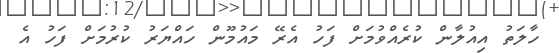
ހާލަތު އިއުލާން ކުރެއްވުމަށް ފަހު އެރޭ މައުމޫން ހައްޔަރު ކުރުމަށް ފަހު އެ